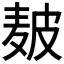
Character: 𤿲